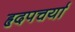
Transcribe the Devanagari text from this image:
हृदपचर्या